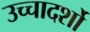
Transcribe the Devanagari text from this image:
उच्चादर्शो